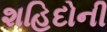
શહિદોની